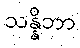
သန္နိဘာ